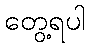
တွေ့ရပါ